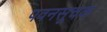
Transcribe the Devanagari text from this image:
पवनसूचक